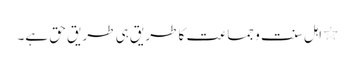
٭ اہل سنت و جماعت کا طریق ہی طریق حق ہے۔